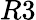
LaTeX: R3